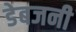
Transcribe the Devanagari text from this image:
डेबजनी